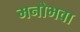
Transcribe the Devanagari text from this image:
मनोभवा